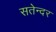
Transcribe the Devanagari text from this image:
सतेन्दर